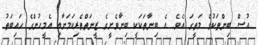
އުސް ބިންތަކުގެ މަތީގަ އެވެ. އެ ބިނާތަކަކީ ބިނާވެށީގެ ޒީނަތްތެރިކަމަށާއި އެމީހުންގެ ހައިބަތު